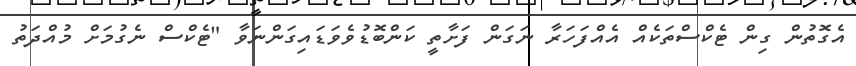
އެގޮތުން ގިން ޓެކްސްތަކެއް އެއްފަހަރާ ނަގަން ފަށާތީ ކަންބޮޑުވެވަޑައިގަންނަވާ "ޓެކްސް ނެގުމަށް މުއްދަތު